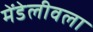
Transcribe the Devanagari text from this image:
मेंडेलीवला